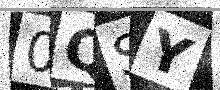
Text: 0QSY